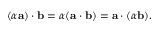
( \alpha \mathbf { a } ) \cdot \mathbf { b } = \alpha ( \mathbf { a } \cdot \mathbf { b } ) = \mathbf { a } \cdot ( \alpha \mathbf { b } ) .